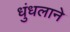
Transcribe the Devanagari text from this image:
धुंधलाने